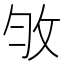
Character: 𢼇